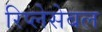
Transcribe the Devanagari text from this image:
रिप्लेसेबल